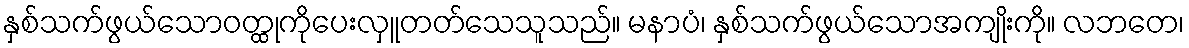
နှစ်သက်ဖွယ်သောဝတ္ထုကိုပေးလှူတတ်သေသူသည်။ မနာပံ၊ နှစ်သက်ဖွယ်သောအကျိုးကို။ လဘတေ၊